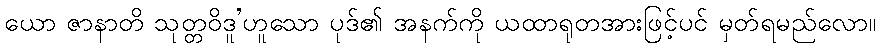
ယော ဇာနာတိ သုတ္တဝိဒူ’ဟူသော ပုဒ်၏ အနက်ကို ယထာရုတအားဖြင့်ပင် မှတ်ရမည်လော။